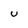
Character: U